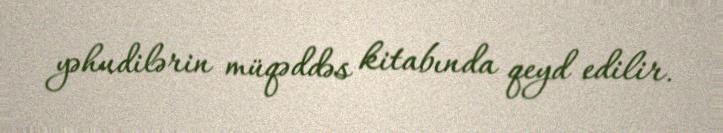
yəhudilərin müqəddəs kitabında qeyd edilir.